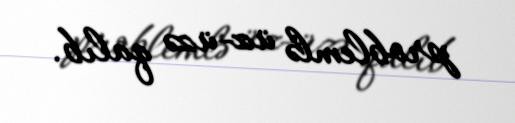
problemlə üz-üzə qalıb.